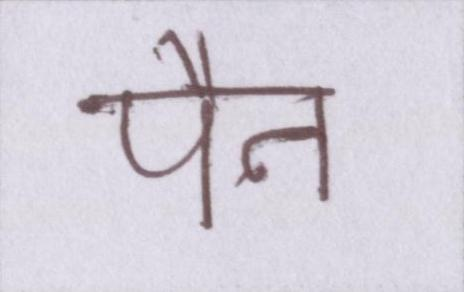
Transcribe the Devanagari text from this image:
पैन